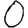
Digit: 0